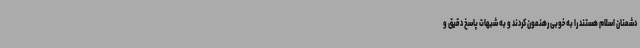
دشمنان اسلام هستند را به خوبی رهنمون کردند و به شبهات پاسخ دقیق و